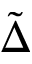
\tilde { \Delta }